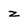
Character: z